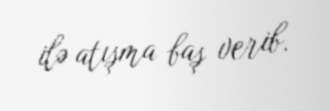
ilə atışma baş verib.